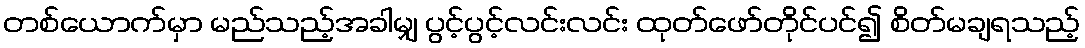
တစ်ယောက်မှာ မည်သည့်အခါမျှ ပွင့်ပွင့်လင်းလင်း ထုတ်ဖော်တိုင်ပင်၍ စိတ်မချရသည့်